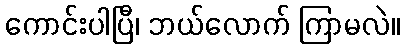
ကောင်းပါပြီ၊ ဘယ်လောက် ကြာမလဲ။